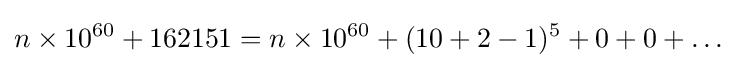
n\times 10^{60}+162151=n\times 10^{60}+(10+2-1)^{5}+0+0+\ldots